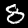
Digit: 8